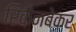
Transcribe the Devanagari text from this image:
रिकेनबेकर